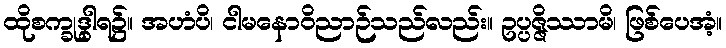
ထိုစက္ခုဒွါရ၌။ အဟံပိ၊ ငါမနောဝိညာဉ်သည်လည်း။ ဥပ္ပဇ္ဇိဿာမိ၊ ဖြစ်ပေအံ့။